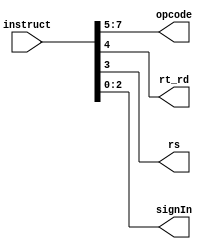
`timescale 1ns / 1ps
//////////////////////////////////////////////////////////////////////////////////
// Company: 
// Engineer: 
// 
// Design Name: 
// Module Name: Ins_decoder
// Project Name: 
// Target Devices: 
// Tool Versions: 
// Description: 
// 
// Dependencies: 
// 
// Revision:
// Revision 0.01 - File Created
// Additional Comments:
// 
//////////////////////////////////////////////////////////////////////////////////


module Ins_decoder(
 input wire [7:0]instruct,
 output [2:0]opcode,
 output rt_rd,rs,
 output [2:0]signIn
 );
 assign opcode=instruct[7:5];
 assign rt_rd=instruct[4];
 assign rs=instruct[3];
 assign signIn=instruct[2:0];
endmodule